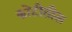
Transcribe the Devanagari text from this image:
कोटीतील